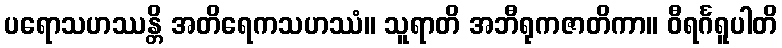
ပရောသဟဿန္တိ အတိရေကသဟဿံ။ သူရာတိ အဘီရုကဇာတိကာ။ ဝီရင်္ဂရူပါတိ